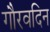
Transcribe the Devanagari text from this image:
गौरवदिन